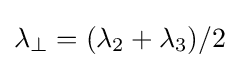
\lambda _{\perp }=(\lambda _{2}+\lambda _{3})/2